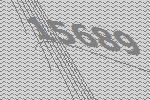
15689